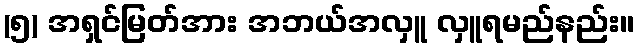
(၅) အရှင်မြတ်အား အဘယ်အလှူ လှူရမည်နည်း။